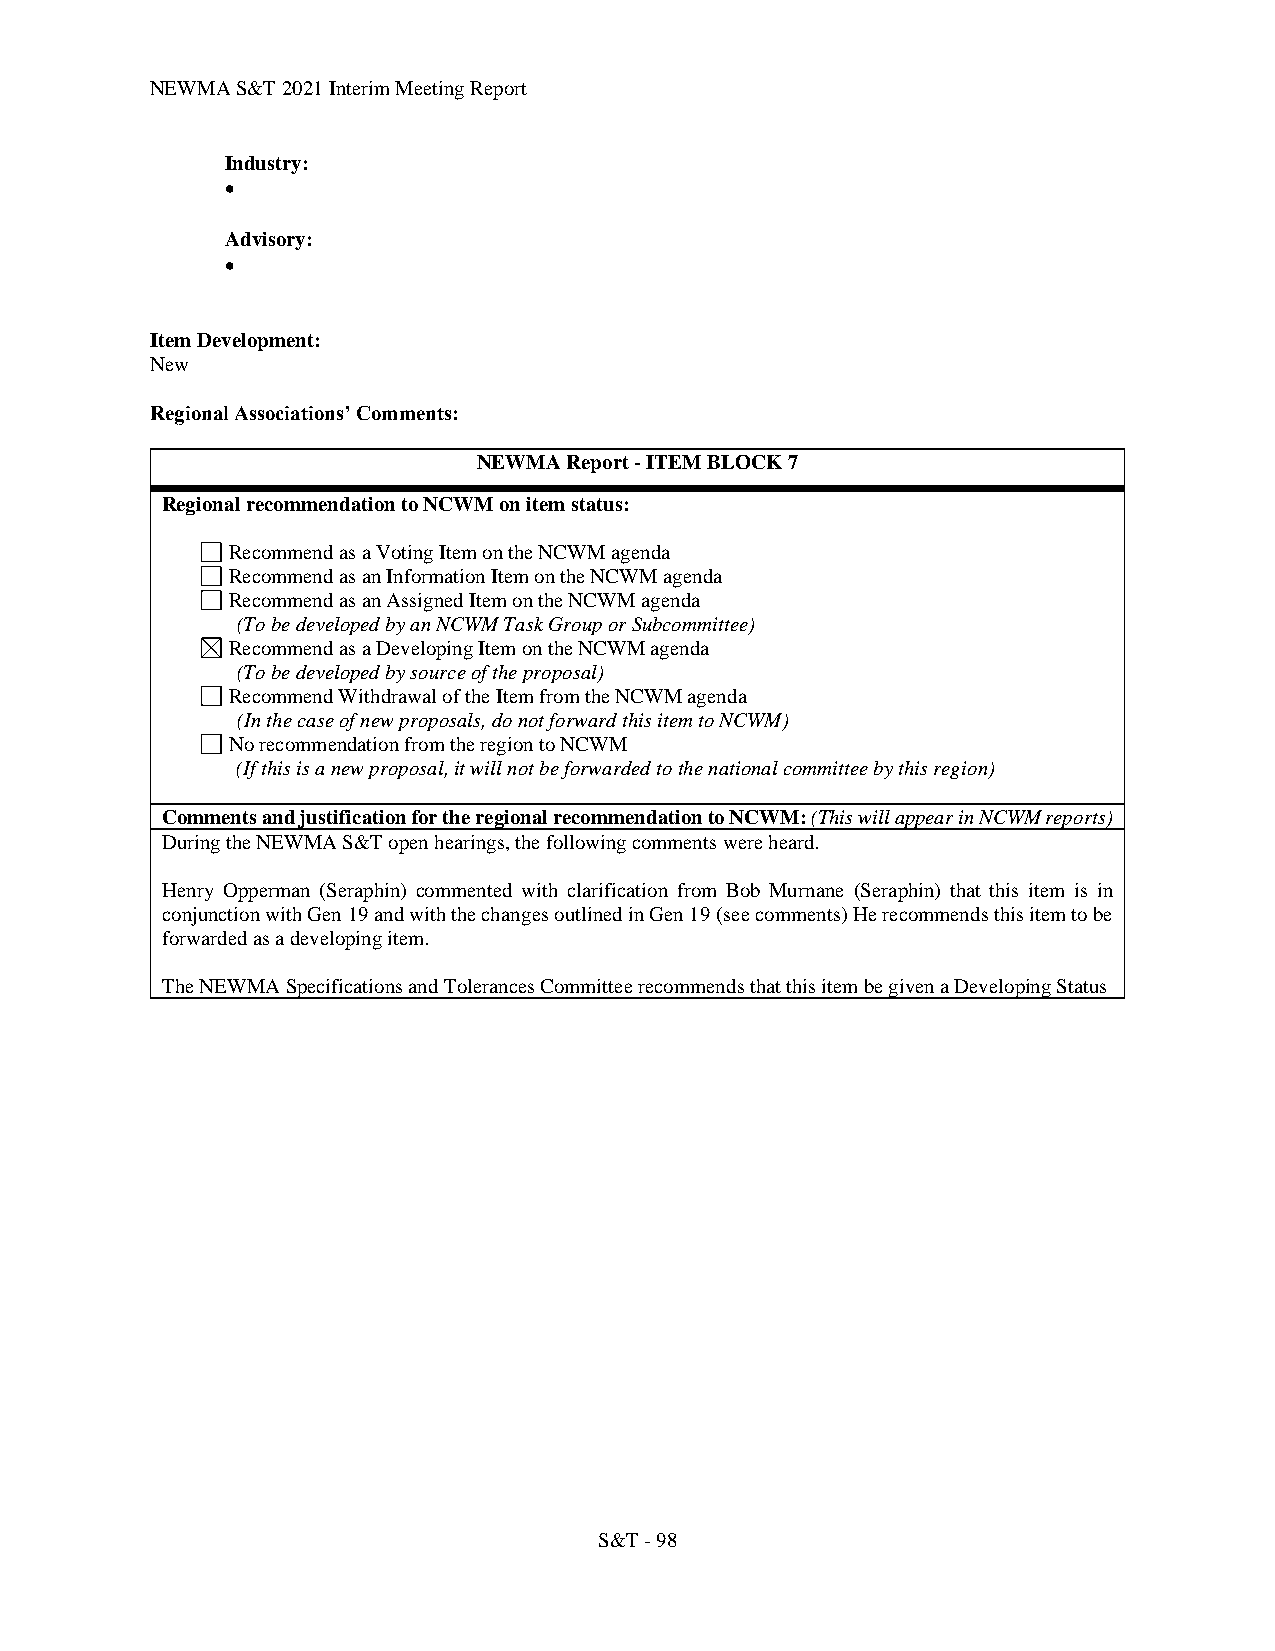
NEWMA S&T 2021 Interim Meeting Report
 Industry:
 •
 Advisory:
 •
 Item Development:
 New
 Regional Associations’ Comments:
 NEWMA Report - ITEM BLOCK 7
 Regional recommendation to NCWM on item status:
 Recommend as a Voting Item on the NCWM agenda
 Recommend as an Information Item on the NCWM agenda
 Recommend as an Assigned Item on the NCWM agenda
 (To be developed by an NCWM Task Group or Subcommittee)
 Recommend as a Developing Item on the NCWM agenda
 (To be developed by source of the proposal)
 Recommend Withdrawal of the Item from the NCWM agenda
 (In the case of new proposals, do not forward this item to NCWM)
 No recommendation from the region to NCWM
 (If this is a new proposal, it will not be forwarded to the national committee by this region)
 Comments and justification for the regional recommendation to NCWM: (This will appear in NCWM reports)
 During the NEWMA S&T open hearings, the following comments were heard.
 Henry Opperman (Seraphin) commented with clarification from Bob Murnane (Seraphin) that this item is in
 conjunction with Gen 19 and with the changes outlined in Gen 19 (see comments) He recommends this item to be
 forwarded as a developing item.
 The NEWMA Specifications and Tolerances Committee recommends that this item be given a Developing Status
 S&T - 98